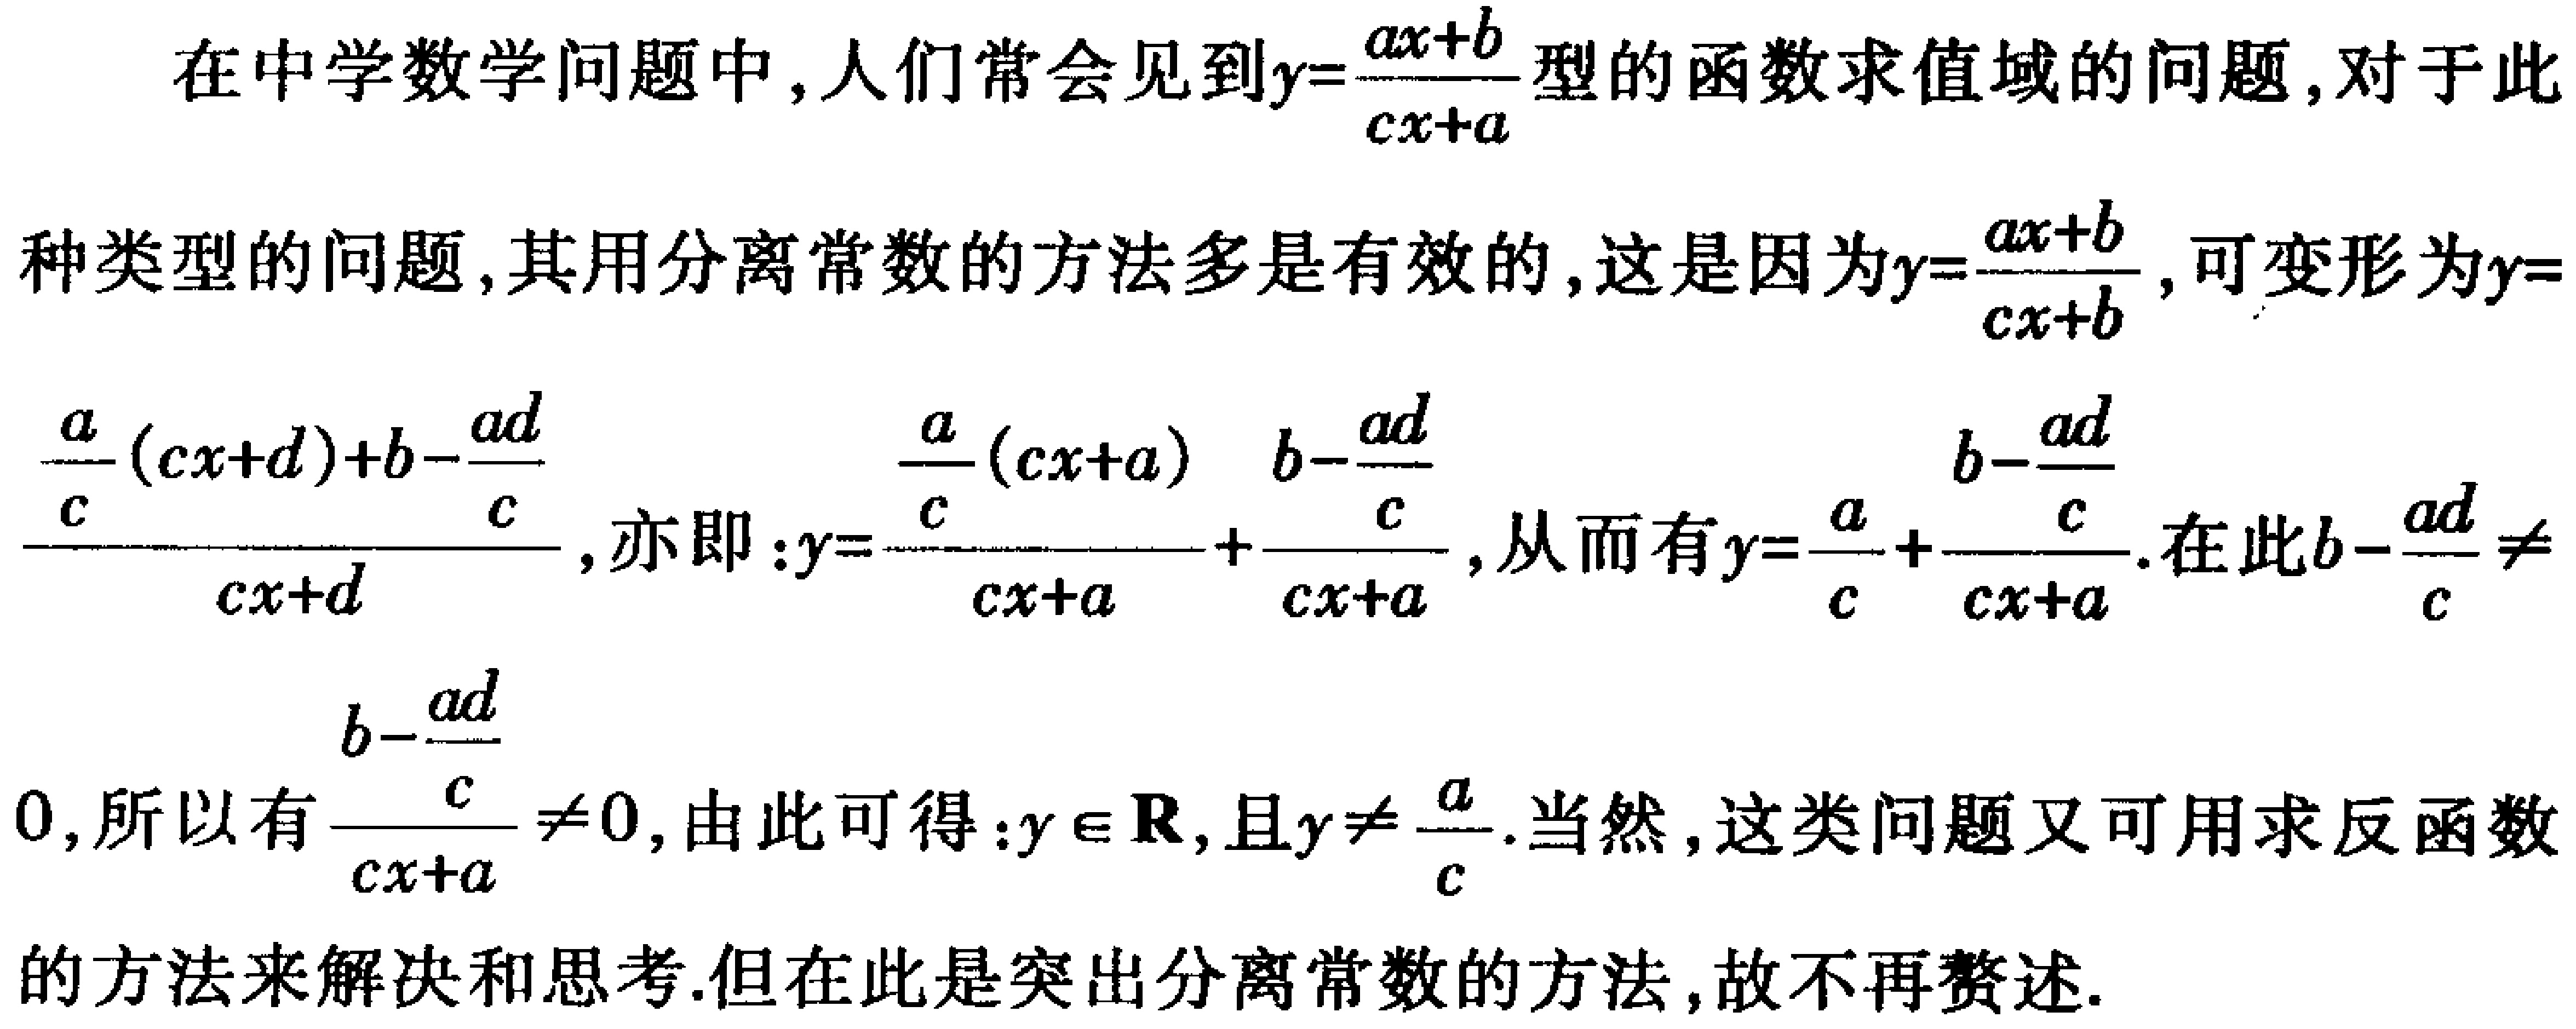
在中学数学问题中，人们常会见到\(y = \frac{ax + b}{cx + a}\)型的函数求值域的问题，对于此种类型的问题，其用分离常数的方法多是有效的，这是因为\(y = \frac{ax + b}{cx + b}\)，可变形为\(y=\frac{\frac{a}{c}(cx + d)+b-\frac{ad}{c}}{cx + d}\)，亦即：\(y=\frac{\frac{a}{c}(cx + a)}{cx + a}+\frac{b-\frac{ad}{c}}{cx + a}\)，从而有\(y = \frac{a}{c}+\frac{b-\frac{ad}{c}}{cx + a}\)。在此\(b-\frac{ad}{c}\neq0\)，所以有\(\frac{b-\frac{ad}{c}}{cx + a}\neq0\)，由此可得：\(y\in\mathbf{R}\)，且\(y\neq\frac{a}{c}\)。当然，这类问题又可用求反函数的方法来解决和思考.但在此是突出分离常数的方法，故不再赘述。